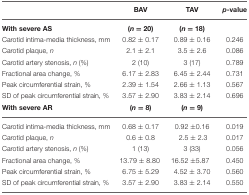
<table><thead><tr><td></td><td><b>BAV</b></td><td><b>TAV</b></td><td><b><i>p</i>-value</b></td></tr></thead><tbody><tr><td><b>With severe AS</b></td><td><b>(</b><i><b>n</b></i> = <b>20)</b></td><td><b>(</b><i><b>n</b></i> = <b>18)</b></td><td></td></tr><tr><td>Carotid intima-media thickness, mm</td><td>0.82 ± 0.17</td><td>0.89 ± 0.16</td><td>0.246</td></tr><tr><td>Carotid plaque, <i>n</i></td><td>2.1 ± 2.1</td><td>3.5 ± 2.6</td><td>0.086</td></tr><tr><td>Carotid artery stenosis, <i>n</i> (%)</td><td>2 (10)</td><td>3 (17)</td><td>0.789</td></tr><tr><td>Fractional area change, %</td><td>6.17 ± 2.83</td><td>6.45 ± 2.44</td><td>0.731</td></tr><tr><td>Peak circumferential strain, %</td><td>2.39 ± 1.54</td><td>2.66 ± 1.13</td><td>0.567</td></tr><tr><td>SD of peak circumferential strain, %</td><td>3.57 ± 2.90</td><td>3.83 ± 2.14</td><td>0.696</td></tr><tr><td><b>With severe AR</b></td><td><b>(</b><i><b>n</b></i> = <b>8)</b></td><td><b>(</b><i><b>n</b></i> = <b>9)</b></td><td></td></tr><tr><td>Carotid intima-media thickness, mm</td><td>0.68 ± 0.17</td><td>0.92 ±0.16</td><td>0.019</td></tr><tr><td>Carotid plaque, <i>n</i></td><td>0.6 ± 0.8</td><td>2.5 ± 2.3</td><td>0.017</td></tr><tr><td>Carotid artery stenosis, <i>n</i> (%)</td><td>1 (13)</td><td>3 (33)</td><td>0.056</td></tr><tr><td>Fractional area change, %</td><td>13.79 ± 8.80</td><td>16.52 ±5.87</td><td>0.450</td></tr><tr><td>Peak circumferential strain, %</td><td>6.75 ± 5.29</td><td>4.52 ± 3.70</td><td>0.560</td></tr><tr><td>SD of peak circumferential strain, %</td><td>3.57 ± 2.90</td><td>3.83 ± 2.14</td><td>0.550</td></tr></tbody></table>